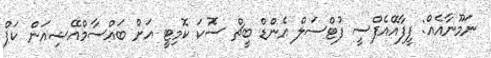
ނަމޫނާއެއް: ފީފާއޭއެފްސީ ފުޓްސަލް އެންޑް ބީޗް ސޮކަ ކޮމިޓީ އަށް ބައްސާމްއޭޝިއަން ކަޕް